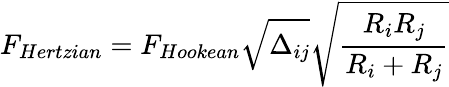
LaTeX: F_{Hertzian}=F_{Hookean}\sqrt{\Delta_{ij}}\sqrt{\frac{R_{i}R_{j}}{R_{i}+R_{j}}}